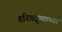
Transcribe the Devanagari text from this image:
हरितद्र्व्याच्या